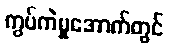
ကွပ်ကဲမှုအောက်တွင်